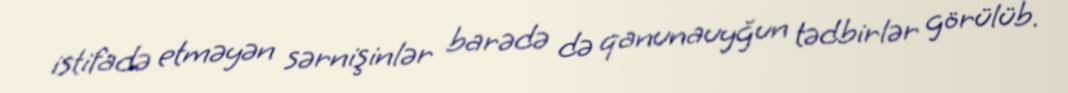
istifadə etməyən sərnişinlər barədə də qanunauyğun tədbirlər görülüb.